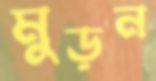
মুড়ন